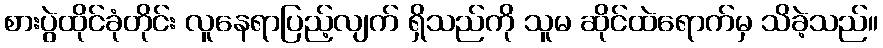
စားပွဲထိုင်ခုံတိုင်း လူနေရာပြည့်လျက် ရှိသည်ကို သူမ ဆိုင်ထဲရောက်မှ သိခဲ့သည်။